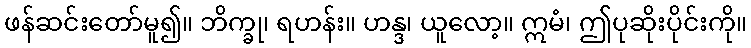
ဖန်ဆင်းတော်မူ၍။ ဘိက္ခု၊ ရဟန်း။ ဟန္ဒ၊ ယူလော့။ ဣမံ၊ ဤပုဆိုးပိုင်းကို။